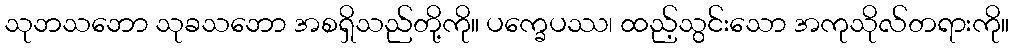
သုဘသဘော သုခသဘော အစရှိသည်တို့ကို။ ပက္ခေပဿ၊ ထည့်သွင်းသော အကုသိုလ်တရားကို။